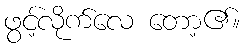
ဖွင့်လိုက်လေ တော့၏။